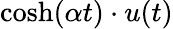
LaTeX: \cosh(\alpha t)\cdot u(t)